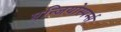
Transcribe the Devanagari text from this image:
एन्जियोस्पर्म्स